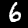
Label: 6